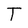
Character: T